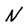
Character: N